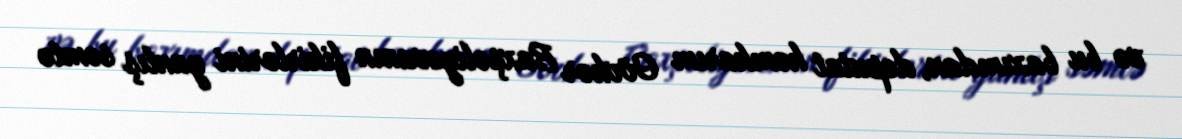
və bu baxımdan, deputat həmkarım Gövhər Baxşəliyevanın fikirlərini yanlış səmtə